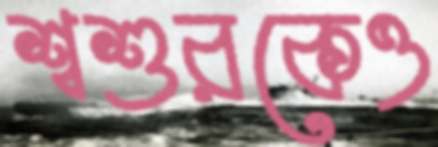
শ্বশুরকেও